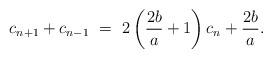
LaTeX: \begin{align*} c_{n+1} + c_{n-1}\ =\ 2\left (\frac{2b}{a}+1 \right )c_n+\frac{2b}{a}.\end{align*}